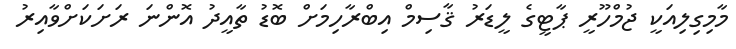
މާމިގިލިއަކީ ޖުމްހޫރީ ޕާޓީގެ ލީޑަރު ޤާސިމް އިބްރާހިމަށް ބޮޑު ތާއީދު އޮންނަ ރަށަކަށްވާއިރު